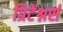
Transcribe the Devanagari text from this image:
प्रिटेंश्नर्स